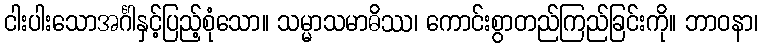
ငါးပါးသောအင်္ဂါနှင့်ပြည့်စုံသော။ သမ္မာသမာဓိဿ၊ ကောင်းစွာတည်ကြည်ခြင်းကို။ ဘာဝနာ၊